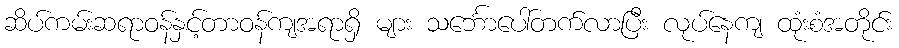
ဆိပ်ကမ်းဆရာဝန်နှင့်တာဝန်ကျအရာရှိ များ သင်္ဘောပေါ်တက်လာပြီး လုပ်နေကျ ထုံးစံအတိုင်း